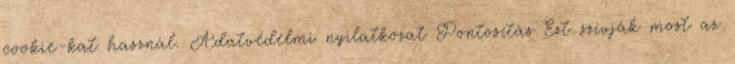
cookie-kat használ. Adatvédelmi nyilatkozat Pontosítás Ezt szívják most az